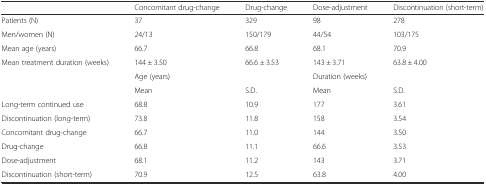
<table><thead><tr><td>[EMPTY_CELL]</td><td><b>Concomitant drug-change</b></td><td><b>Drug-change</b></td><td><b>Dose-adjustment</b></td><td><b>Discontinuation (short-term)</b></td></tr></thead><tbody><tr><td>Patients (N)</td><td>37</td><td>329</td><td>98</td><td>278</td></tr><tr><td>Men/women (N)</td><td>24/13</td><td>150/179</td><td>44/54</td><td>103/175</td></tr><tr><td>Mean age (years)</td><td>66.7</td><td>66.8</td><td>68.1</td><td>70.9</td></tr><tr><td>Mean treatment duration (weeks)</td><td>144 ± 3.50</td><td>66.6 ± 3.53</td><td>143 ± 3.71</td><td>63.8 ± 4.00</td></tr><tr><td>[EMPTY_CELL]</td><td colspan="2">Age (years)</td><td colspan="2">Duration (weeks)</td></tr><tr><td>[EMPTY_CELL]</td><td>Mean</td><td>S.D.</td><td>Mean</td><td>S.D.</td></tr><tr><td>Long-term continued use</td><td>68.8</td><td>10.9</td><td>177</td><td>3.61</td></tr><tr><td>Discontinuation (long-term)</td><td>73.8</td><td>11.8</td><td>158</td><td>3.54</td></tr><tr><td>Concomitant drug-change</td><td>66.7</td><td>11.0</td><td>144</td><td>3.50</td></tr><tr><td>Drug-change</td><td>66.8</td><td>11.1</td><td>66.6</td><td>3.53</td></tr><tr><td>Dose-adjustment</td><td>68.1</td><td>11.2</td><td>143</td><td>3.71</td></tr><tr><td>Discontinuation (short-term)</td><td>70.9</td><td>12.5</td><td>63.8</td><td>4.00</td></tr></tbody></table>